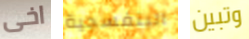
اخى البنفسجية وتبين